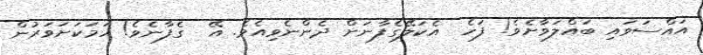
އައްސަވައި ބައްލަވާށެވެ! ފަހެ  އެކަލޭގެފާނަށް ދެންނެވިއެވެ. އޭ  ގެފާނެވެ! ހަމަކަށަވަރުން